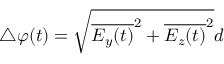
\triangle \varphi ( t ) = \sqrt { { \overline { { E _ { y } ( t ) } } ^ { 2 } + \overline { { E _ { z } ( t ) } } ^ { 2 } } } d